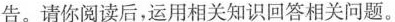
告。请你阅读后，运用相关知识回答相关问题。